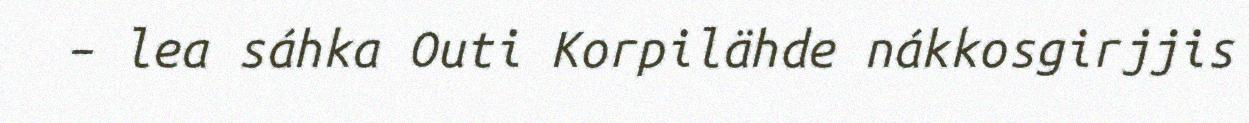
– lea sáhka Outi Korpilähde nákkosgirjjis